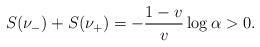
LaTeX: \begin{align*}S(\nu_-)+S(\nu_+)=-\frac{1-v}v\log\alpha>0.\end{align*}